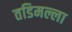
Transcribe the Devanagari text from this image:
तडिमल्ला